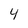
Character: 4